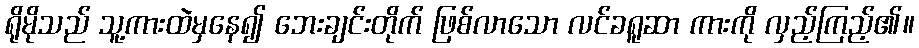
ရိုမိုသည် သူ့ကားထဲမှနေ၍ ဘေးချင်းတိုက် ဖြစ်လာသော လင်ခရူဆာ ကားကို လှည့်ကြည့်၏။